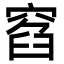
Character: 窞